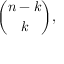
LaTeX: { \binom { n - k } { k } } ,